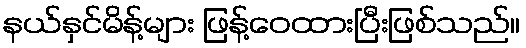
နယ်နှင်မိန့်များ ဖြန့်ဝေထားပြီးဖြစ်သည်။